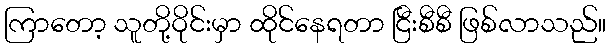
ကြာတော့ သူတို့ဝိုင်းမှာ ထိုင်နေရတာ ငြီးစီစီ ဖြစ်လာသည်။